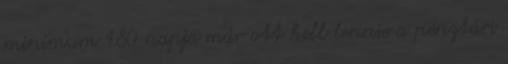
minimum 180 napja már ott kell lennie a pénztári